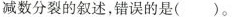
减数分裂的叙述，错误的是( )。